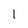
Character: l